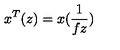
x ^ { T } ( z ) = x ( \frac { 1 } { f z } )